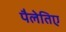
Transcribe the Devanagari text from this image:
पैलेतिए